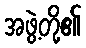
အဖွဲ့တို့၏